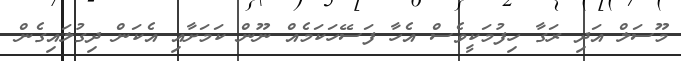
މޫސަލް އަދި ރަގާ ހިފުމަކީވެސް އެހާ ފަސޭހަކަމެއް ނޫން ކަމަށާއި އެކަން ދިގުލައިގެން